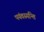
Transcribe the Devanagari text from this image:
पयंवस्यन्ति